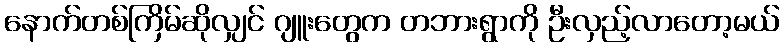
နောက်တစ်ကြိမ်ဆိုလျှင် ဂျူးတွေက တဘားရွာကို ဦးလှည့်လာတော့မယ်